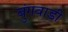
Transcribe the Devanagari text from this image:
बुंगवाडी